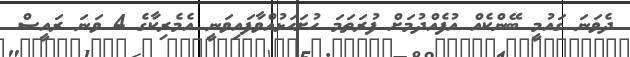
ދެވަނަ ގައުމީ ބޭންކެއް އުފެއްދުމަށް ފުރަތަމަ ހުށަހަޅުއްވާފައިވަނީ އެމެރިކާގެ 4 ވަނަ ރައީސް